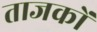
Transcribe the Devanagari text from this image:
ताजकों